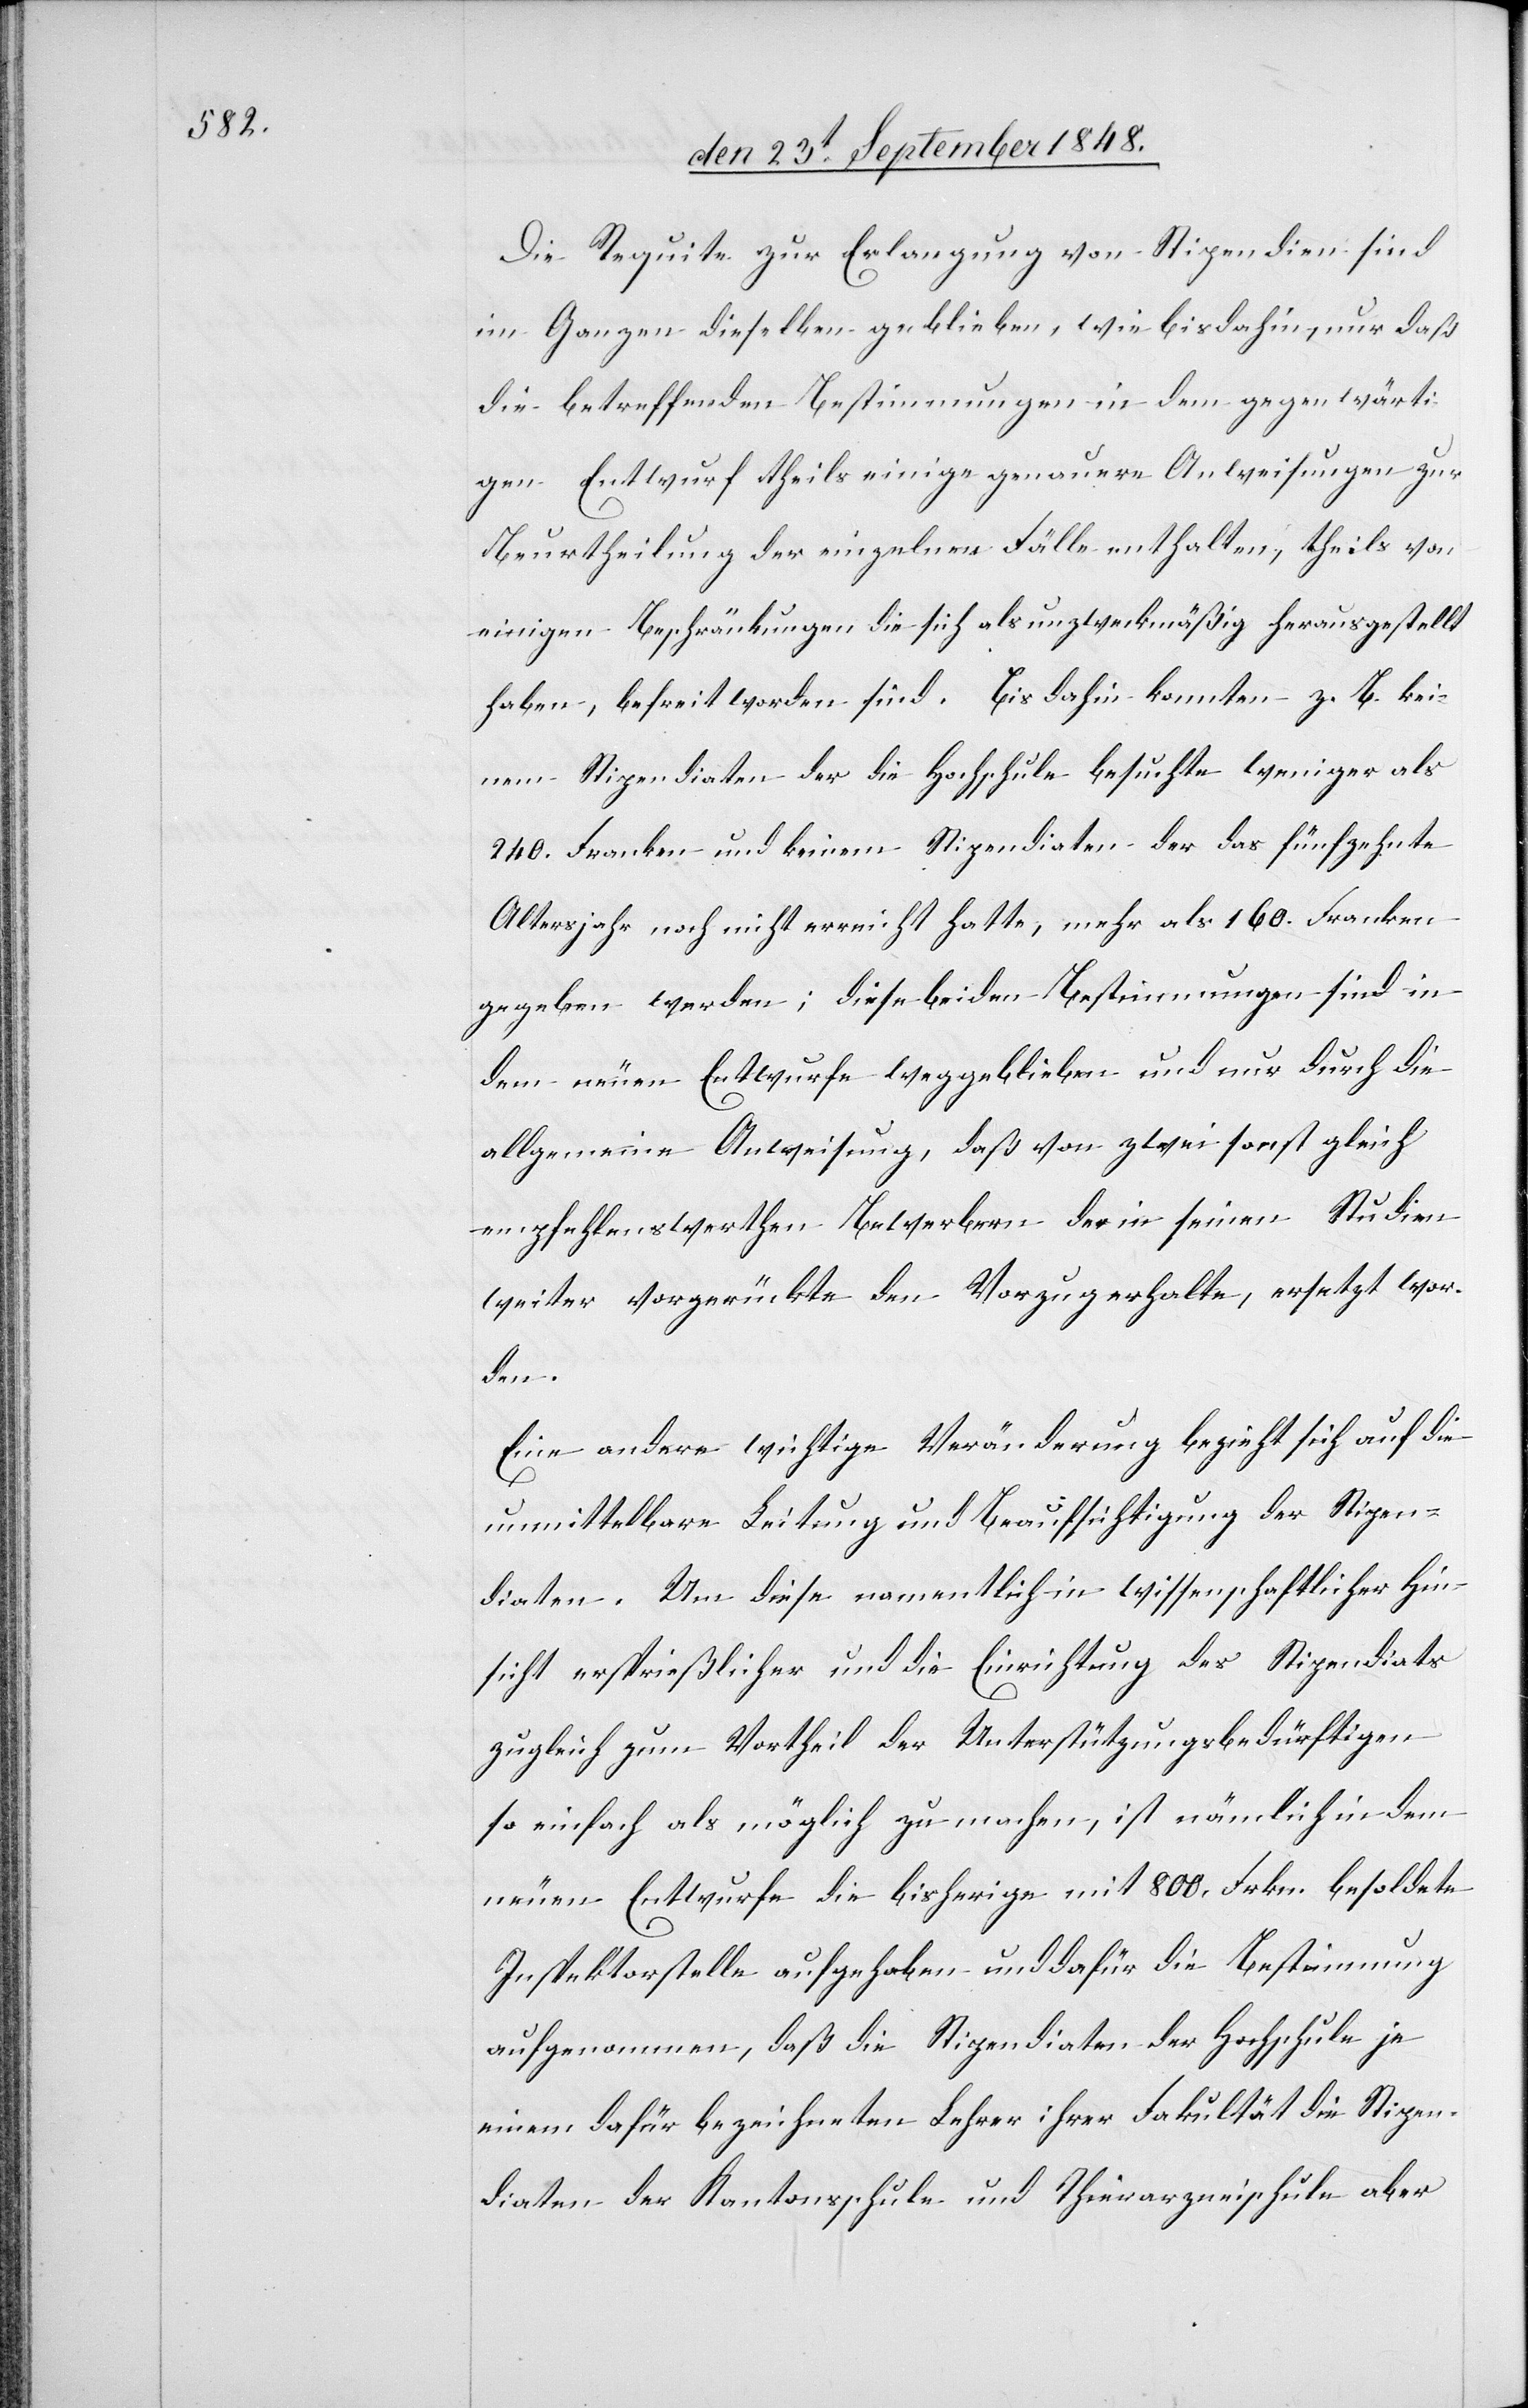
Die Requite zur Erlangung von Stipendien sind
im Ganzen dieselben geblieben, wie bisdahin, nur daß
die betreffenden Bestimmungen in dem gegenwärti¬
gen Entwurf theils einige genauere Anweisungen zur
Beurtheilung der einzelnen Fälle enthalten, theils von
einigen Beschränkungen die sich als unzweckmäßig herausgestellt
haben, befreit worden sind. Bis dahin konnten z. B. kei¬
nem Stipendiaten der die Hochschule besuchte weniger als
240. Franken und keinem Stipendiaten der das fünfzehnte
Altersjahr noch nicht erreicht hatte, mehr als 160. Franken
gegeben werden; diese beiden Bestimmungen sind in
dem neuen Entwurfe weggeblieben und nur durch die
allgemeine Anweisung, daß von zwei sonst gleich
empfehlenswerthen Bewerbern der in seinen Studien
weiter vorgerückte den Vorzug erhalte, ersetzt wor¬
den.
Eine andere wichtige Veränderung bezieht sich auf die
unmittelbare Leitung und Beaufsichtigung der Stipen¬
diaten. Um diese namentlich in wissenschaftlicher Hin¬
sicht ersprießlicher und die Einrichtung des Stipendiats
zugleich zum Vortheil der Unterstützungsbedürftigen
so einfach als möglich zu machen, ist nämlich in dem
neuen Entwurfe die bisherige mit 800. Frkn. besoldete
Inspektorstelle aufgehoben und dafür die Bestimmung
aufgenommen, daß die Stipendiaten der Hochschule je
einem dafür bezeichneten Lehrer ihrer Fakultät die Stipen¬
diaten der Kantonsschule und Thierarzneischule aber